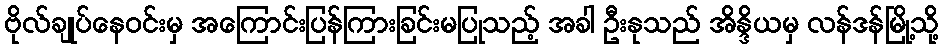
ဗိုလ်ချုပ်နေဝင်းမှ အကြောင်းပြန်ကြားခြင်းမပြုသည့် အခါ ဦးနုသည် အိန္ဒိယမှ လန်ဒန်မြို့သို့